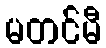
မတင်မီ